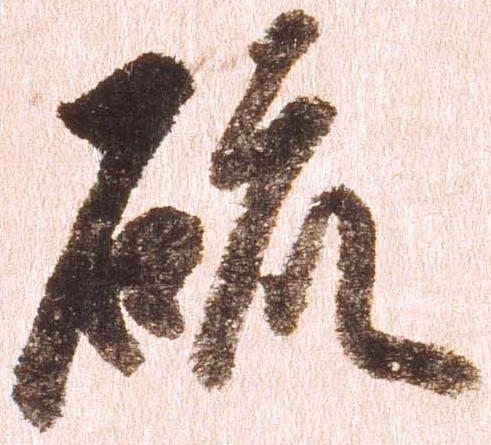
硫